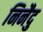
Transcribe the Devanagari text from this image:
निनैदु